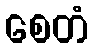
စေတံ